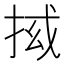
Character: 𭠵